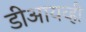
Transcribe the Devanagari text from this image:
डीआयव्ही